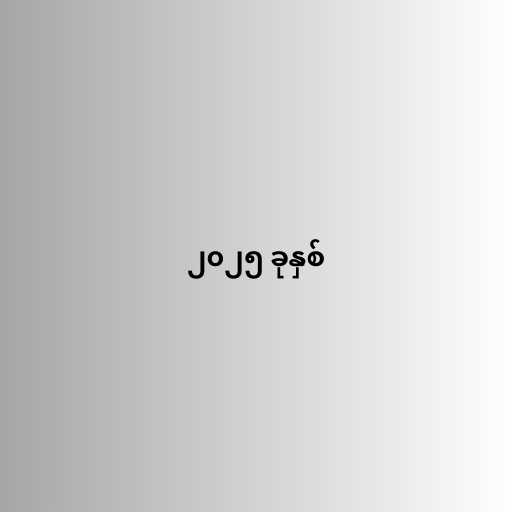
၂၀၂၅ ခုနှစ်